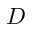
D